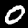
Digit: 0